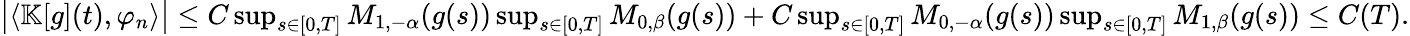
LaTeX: \begin{array}{r}{\big|\langle\mathbb{K}[g](t),\varphi_{n}\rangle\big|\leq C\operatorname*{sup}_{s\in[0,T]}M_{1,-\alpha}(g(s))\operatorname*{sup}_{s\in[0,T]}M_{0,\beta}(g(s))+C\operatorname*{sup}_{s\in[0,T]}M_{0,-\alpha}(g(s))\operatorname*{sup}_{s\in[0,T]}M_{1,\beta}(g(s))\leq C(T).}\end{array}